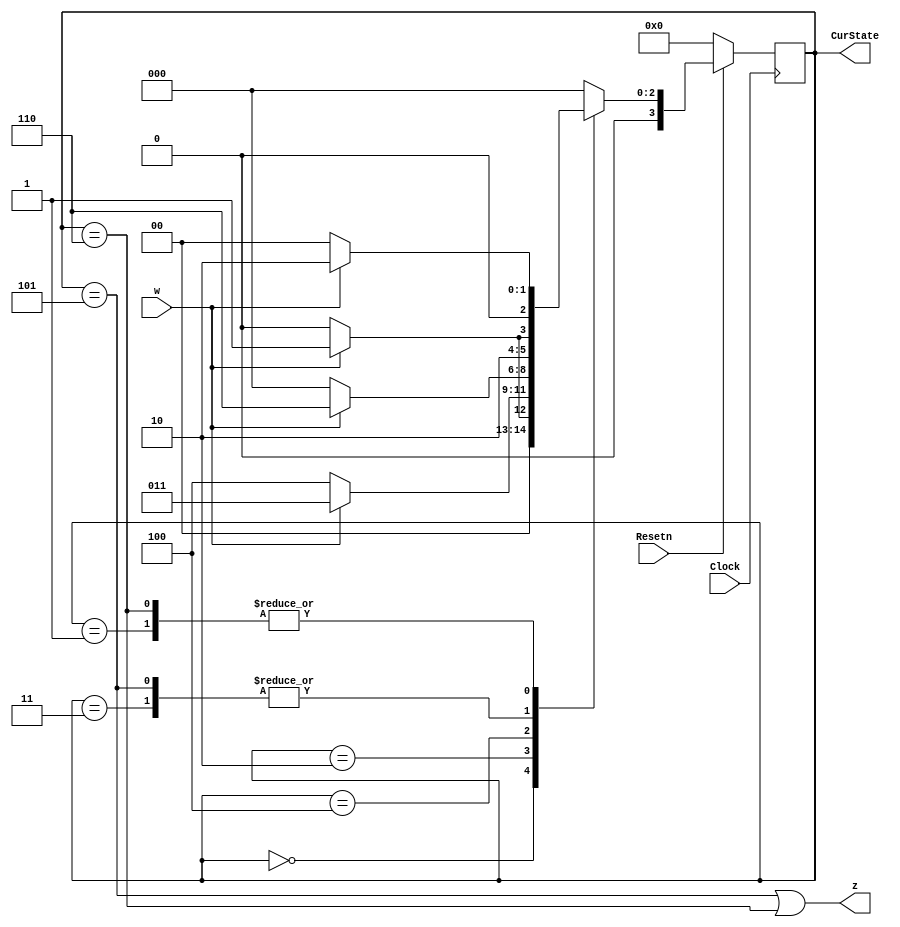
module part1(Clock, Resetn, w, z, CurState);
	input Clock;
	input Resetn;
	input w;
	output z;
	output [3:0] CurState;
	
	reg [3:0] y_Q, Y_D;
	
    localparam A = 4'b0000, B = 4'b0001, C = 4'b0010, D = 4'b0011, E = 4'b0100, F = 4'b0101, G = 4'b0110;
    
    //State table
    //The state table should only contain the logic for state transitions
    //Do not mix in any output logic. The output logic should be handled separately.
    //This will make it easier to read, modify and debug the code.
    always@(*)
    begin: state_table
        case (y_Q)
            A: begin
                   if (!w) Y_D = A;
                   else Y_D = B;
               end
            B: begin
                   if(!w) Y_D = A;
                   else Y_D = C;
               end
            C: begin
                   if (!w) Y_D = E;
                   else Y_D = D;
               end
            D: begin
                   if (!w) Y_D = E;
                   else Y_D = F;
               end
            E: begin
                   if (!w) Y_D = A;
                   else Y_D = G;
               end
            F: begin
                   if (!w) Y_D = E;
                   else Y_D = F;
               end
            G: begin
                   if (!w) Y_D = A;
                   else Y_D = C;
               end
            default: Y_D = A;
        endcase
    end // state_table
    
    // State Registers
    always @(posedge Clock)
    begin: state_FFs
        if(Resetn == 1'b0)
            y_Q <=  A; // Should set reset state to state A
        else
            y_Q <= Y_D;
    end // state_FFS

    // Output logic
    // Set z to 1 when in relevant states
    assign z = ((y_Q == F) | (y_Q == G));
    assign CurState = y_Q;
endmodule